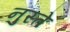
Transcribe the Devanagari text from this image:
नुस्ते